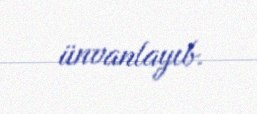
ünvanlayıb.